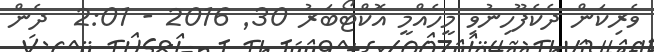
ވެރިކަން ދެކެފޫހިނުވި މީހެއްމީ އޮކްޓޯބަރު 30